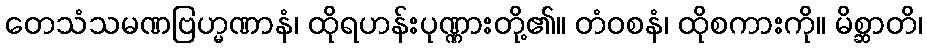
တေသံသမဏဗြဟ္မဏာနံ၊ ထိုရဟန်းပုဏ္ဏားတို့၏။ တံဝစနံ၊ ထိုစကားကို။ မိစ္ဆာတိ၊